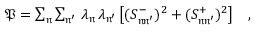
\begin{array} { r } { \mathfrak { P } = \sum _ { \mathfrak { n } } \sum _ { \mathfrak { n ^ { \prime } } } \, \lambda _ { \mathfrak { n } } \, \lambda _ { \mathfrak { n ^ { \prime } } } \, \big [ ( S _ { \mathfrak { n } \mathfrak { n ^ { \prime } } } ^ { - } ) ^ { 2 } + ( S _ { \mathfrak { n } \mathfrak { n ^ { \prime } } } ^ { + } ) ^ { 2 } \big ] \quad , } \end{array}